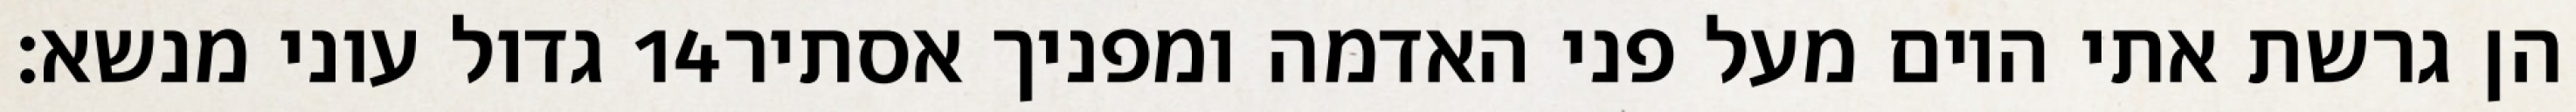
גדול עוני מנשא׃ ‎14‏ הן גרשת אתי היום מעל פני האדמה ומפניך אסתיר